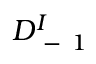
D _ { \mathrm { ~ - ~ } 1 } ^ { I }